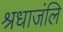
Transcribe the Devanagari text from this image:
श्रधाजंलि